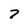
Character: 7